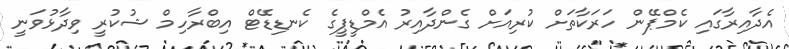
އެދާއިރާގައި ކެމްޕޭން ހަރަކާތަށް ކުރިއަށް ގެންދާއިރު އެމްޑީޕީގެ ކެނޑިޑޭޓް އިބްރާހިމް ޝުކުރީ ވިދާޅުވަނީ